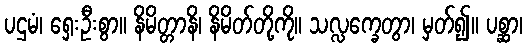
ပဌမံ၊ ရှေးဦးစွာ။ နိမိတ္တာနိ၊ နိမိတ်တို့ကို။ သလ္လက္ခေတွာ၊ မှတ်၍။ ပစ္ဆာ၊